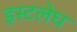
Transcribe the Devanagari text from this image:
इस्टलेघ